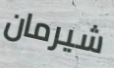
شيرمان